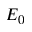
E _ { 0 }